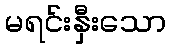
မရင်းနှီးသော